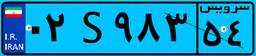
۰۲S۹۸۳۵۴